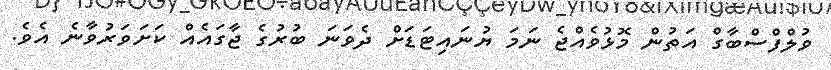
ވުލްފްސްބާގް އަތުން މޮޅުވެއްޖެ ނަަމަ ޔުނައިޓަޑަށް ދެވަނަ ބުރުގެ ޖާގައެއް ކަށަވަރުވާނެ އެވެ.